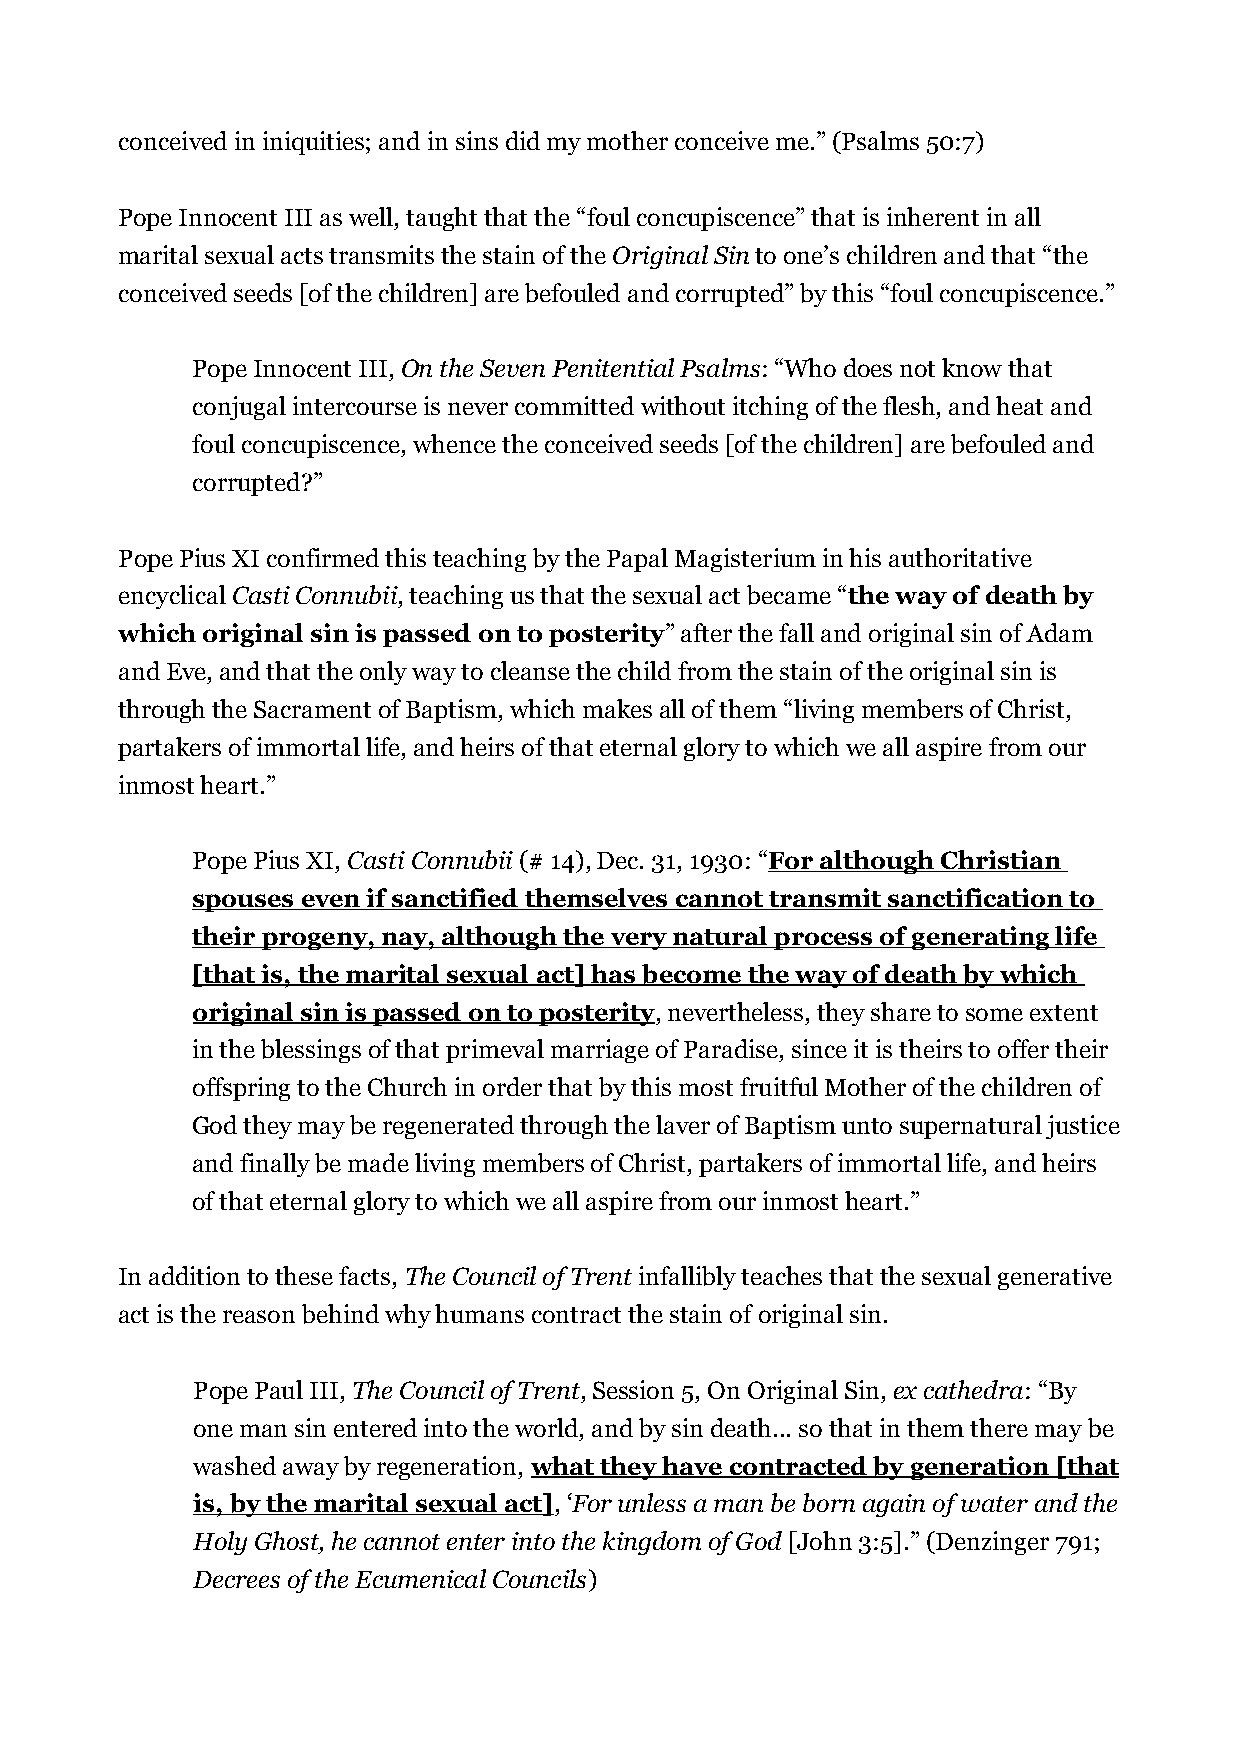
conceived in iniquities; and in sins did my mother conceive me.” (Psalms 50:7)
 Pope Innocent III as well, taught that the “foul concupiscence” that is inherent in all
 marital sexual acts transmits the stain of the Original Sin to one’s children and that “the
 conceived seeds [of the children] are befouled and corrupted” by this “foul concupiscence.”
 Pope Innocent III, On the Seven Penitential Psalms: “Who does not know that
 conjugal intercourse is never committed without itching of the flesh, and heat and
 foul concupiscence, whence the conceived seeds [of the children] are befouled and
 corrupted?”
 Pope Pius XI confirmed this teaching by the Papal Magisterium in his authoritative
 encyclical Casti Connubii, teaching us that the sexual act became “the way of death by
 which original sin is passed on to posterity” after the fall and original sin of Adam
 and Eve, and that the only way to cleanse the child from the stain of the original sin is
 through the Sacrament of Baptism, which makes all of them “living members of Christ,
 partakers of immortal life, and heirs of that eternal glory to which we all aspire from our
 inmost heart.”
 Pope Pius XI, Casti Connubii (# 14), Dec. 31, 1930: “For although Christian
 spouses even if sanctified themselves cannot transmit sanctification to
 their progeny, nay, although the very natural process of generating life
 [that is, the marital sexual act] has become the way of death by which
 original sin is passed on to posterity, nevertheless, they share to some extent
 in the blessings of that primeval marriage of Paradise, since it is theirs to offer their
 offspring to the Church in order that by this most fruitful Mother of the children of
 God they may be regenerated through the laver of Baptism unto supernatural justice
 and finally be made living members of Christ, partakers of immortal life, and heirs
 of that eternal glory to which we all aspire from our inmost heart.”
 In addition to these facts, The Council of Trent infallibly teaches that the sexual generative
 act is the reason behind why humans contract the stain of original sin.
 Pope Paul III, The Council of Trent, Session 5, On Original Sin, ex cathedra: “By
 one man sin entered into the world, and by sin death... so that in them there may be
 washed away by regeneration, what they have contracted by generation [that
 is, by the marital sexual act], ‘For unless a man be born again of water and the
 Holy Ghost, he cannot enter into the kingdom of God [John 3:5].” (Denzinger 791;
 Decrees of the Ecumenical Councils)